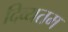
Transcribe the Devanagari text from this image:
दिव्यतम